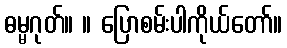
ဓမ္မဂုတ်။ ။ ပြောစမ်းပါကိုယ်တော်။